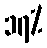
၁၇%